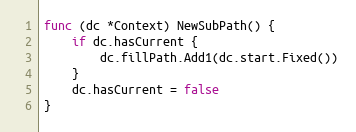
Language: Go
func (dc *Context) NewSubPath() {
	if dc.hasCurrent {
		dc.fillPath.Add1(dc.start.Fixed())
	}
	dc.hasCurrent = false
}